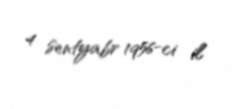
4 sentyabr 1956-ci il